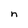
Character: n